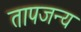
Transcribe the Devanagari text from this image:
तापजन्य